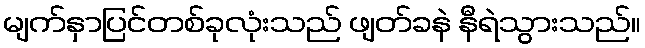
မျက်နှာပြင်တစ်ခုလုံးသည် ဖျတ်ခနဲ နီရဲသွားသည်။